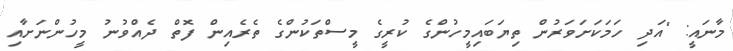
މާނައީ: "އަދި ހަމަކަށަވަރުން ތިޔަބައިމީހުންގެ ކުރީގެ މީސްތަކުންގެ ތެރެއިން ފޮތް ދެއްވުނު މީހުންނަށާއި